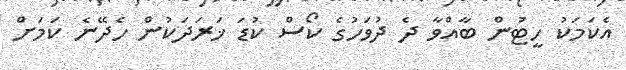
އެކަމަކު ހީޓުން ބާއްވާ ދެ ދުވަހުގެ ކޯސް ކުޑަ ޚަރަދަކުން ހެދޭނެ ކަމަށް